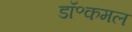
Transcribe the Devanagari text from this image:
डॉ॰कमल